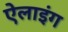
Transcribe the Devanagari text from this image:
ऐलाइंग